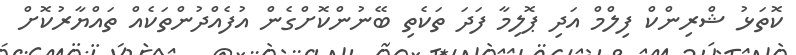
ކޮތަޅު ޝްރިންކް ފިލްމް އަދި ޕޮލިމާ ފަދަ ތަކެތި ބޭނުންކޮށްގެން އުފެއްދުންތަކެއް ތައްޔާރުކޮށް